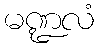
မဏ္ဍလံ